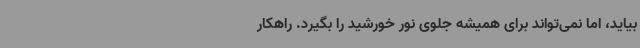
بیاید، اما نمی‌تواند برای همیشه جلوی نور خورشید را بگیرد. راهکار